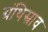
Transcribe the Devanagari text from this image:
ग्रंथिस्राव